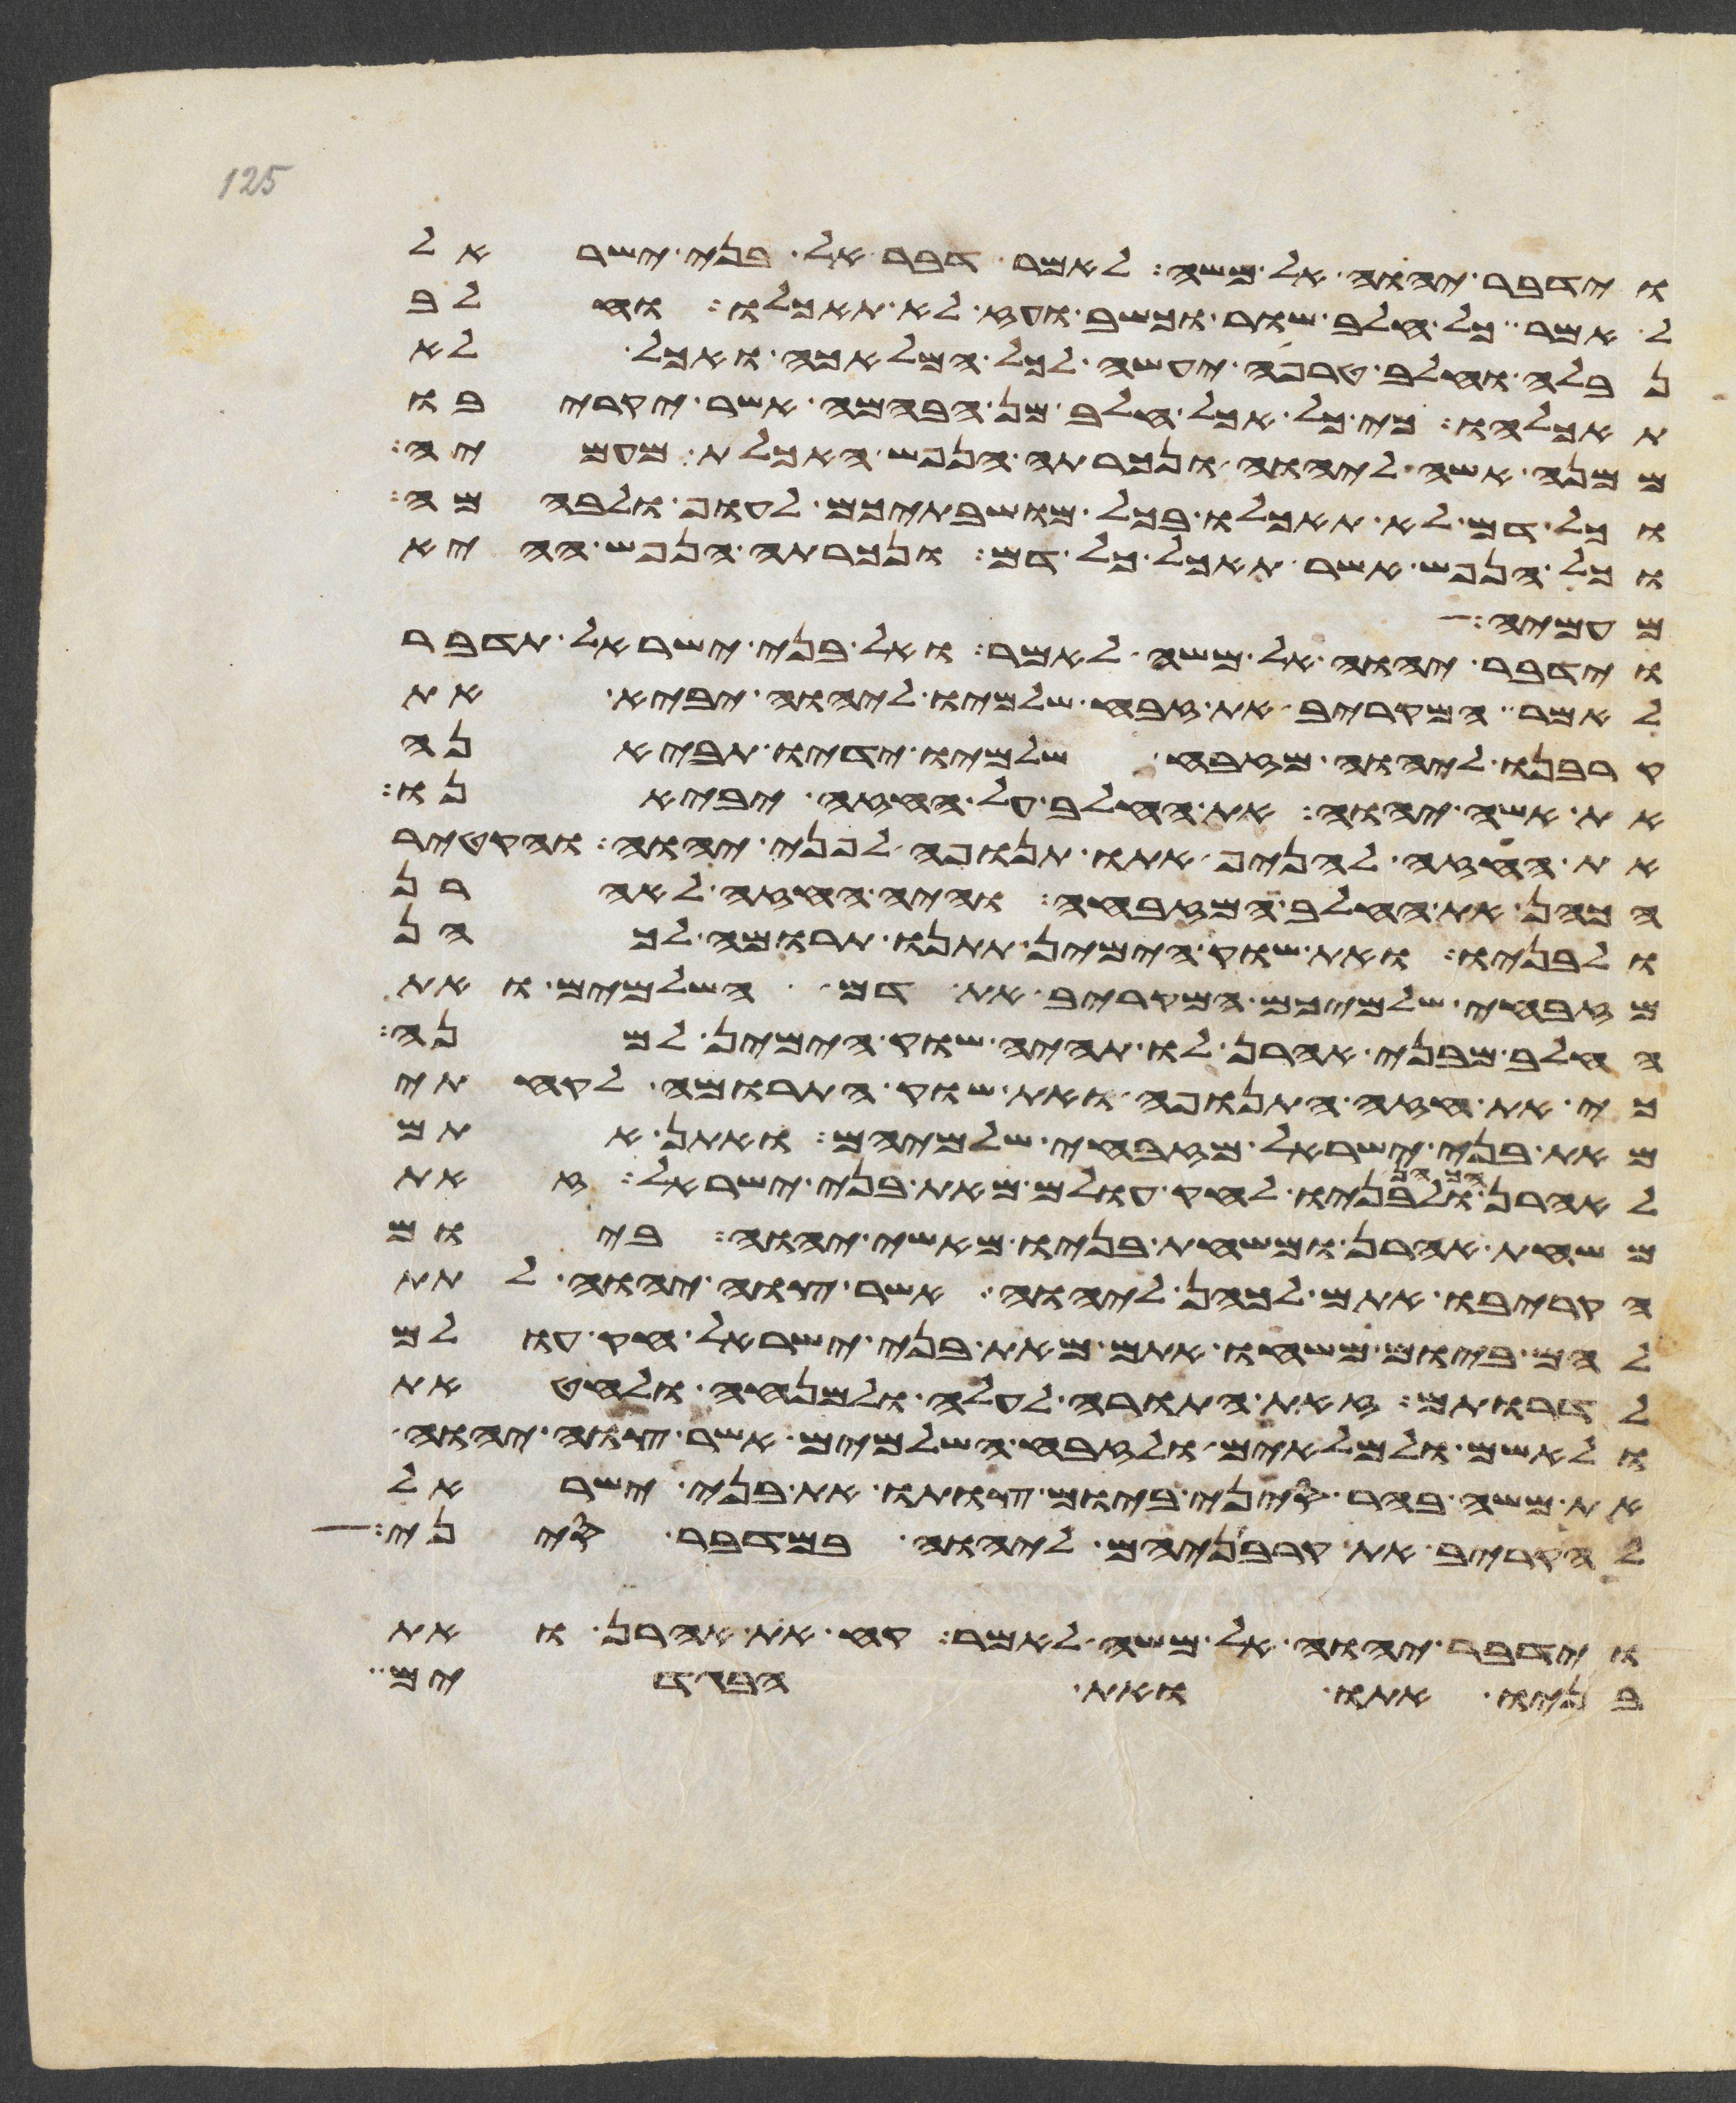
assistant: וידבר יהוה אל משה לאמר דבר אל בני ישראל
לאמר כל חלב שור וכשב ועז לא תאכלו וחלב
נבלה וחלב טרפה יעשה לכל המלאכה ואכל לא
תאכלהו כי כל אכל חלב מן הבהמה אשר יקריבו
ממנה אשה ליהוה ונכרתה הנפש האכלת מעמיה
וכל דם לא תאכלו בכל מושבתיכם לעוף ולבהמה
וכל הנפש אשר תאכל כל דם ונכרתה הנפש ההיא
מעמיה
וידבר יהוה אל משה לאמר ואל בני ישראל תדבר
לאמר המקריב את זבח שלמיו ליהוה יביא את
קרבנו ליהוה מזבח שלמיו ידיו תביאנה
את אשי יהוה את החלב על החזה יביאנו
את החזה להניף אתו תנופה לפני יהוה והקטיר
הכהן את החלב המזבחה והיה החזה לאהרן
ולבניו ואת שוק הימין תתנו תרומה לכהן
מזבחי שלמיכם המקריב את דם השלמים ואת
החלב מבני אהרן לו תהיה שוק הימין למנה
כי את חזה התנופה ואת שוק התרומה לקחתי
מאת בני ישראל מזבחי שלמיהם ואתן אתם
לאהרן ולבניו לחק עולם מאת בני ישראל
משחת אהרן ומשחת בניו מאשי יהוה ביום
הקריבו אתם לכהן ליהוה אשר צוה יהוה לתת
להם ביום משחו אתם מאת בני ישראל חק עולם
לדרותם זאת התורה לעלה ולמנחה ולחטאת
ולאשם ולמלאים ולזבח השלמים אשר צוה יהוה
את משה בהר סיני ביום צותו את בני ישראל
להקריב את קרבניהם ליהוה במדבר סיני
וידבר יהוה אל משה לאמר קח את אהרן ואת
בניו אתו ואת הבגדים